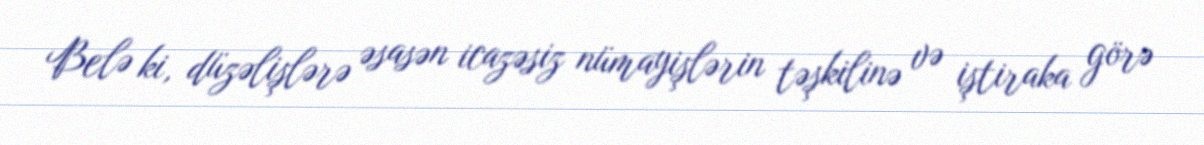
Belə ki, düzəlişlərə əsasən icazəsiz nümayişlərin təşkilinə və iştiraka görə